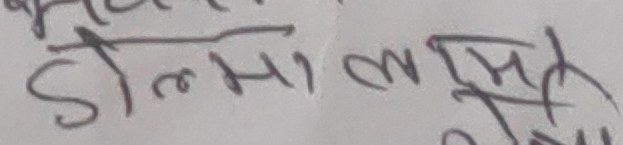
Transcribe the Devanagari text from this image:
डल्मा लसिन्